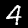
Digit: 4